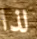
لذا